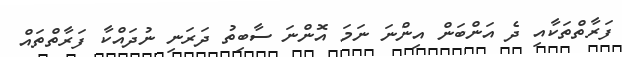
ފަރާތްތަކާއި ދެ އަންބަން އިންނަ ނަމަ އޮންނަ ސާބިތު ދަރަނި ނުދައްކާ ފަރާތްތައް